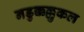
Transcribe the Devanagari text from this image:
नडुक्कल्लुकल